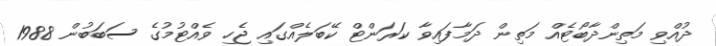
ދުއްވި މަތިންދާބޯޓެއް މަތިން ދަމާފައިވާ ކަރަންޓް ކޭބަލެއްގައި ޖެހި ވެއްޓުމުގެ ސަބަބުން 1988